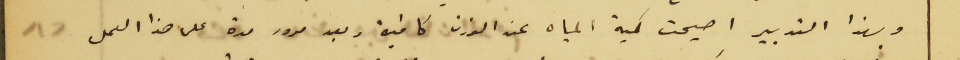
وبهذا التدبير اصبحت كمية المياه عند الوزن كافية وبعد مرور مدة على هذا العمل